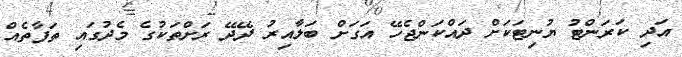
އަދި ކަރަންޓު ޔުނިޓަކަށް ދައްކަންޖެހޭ އަގަށް ބަލާއިރު ދޭދޭ ރަށްތަކުގެ މެދުގައި ތަފާތެއް